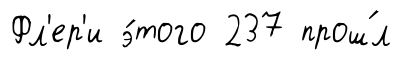
Фл'ер'и э́того 237 прош́л